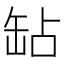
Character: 䍄